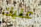
عليك